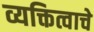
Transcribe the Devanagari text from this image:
व्यक्तित्वाचे